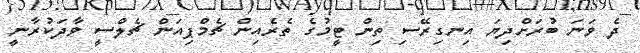
ދެ ވަނަ ބުރަށްދިޔަ އިނގިރޭސި ތިން ޓީމުގެ ތެރެއިން ޗެމްޕިއަން ޗެލްސީ ވާދަކުރާނީ